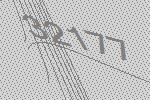
32177